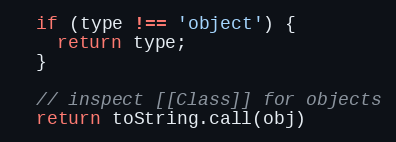
Language: JavaScript
  if (type !== 'object') {
    return type;
  }

  // inspect [[Class]] for objects
  return toString.call(obj)